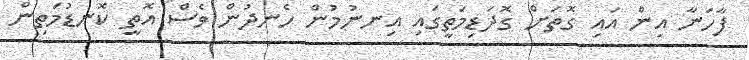
ފާހަނާ އިން އައި ގޮތަށް ގޮދަޑިމަތީގައި އިނނުމުން ހެނދުން ވެސް އޮތީ ކޮނޑުމަތިން